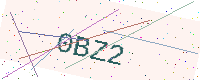
Text: 0BZ2